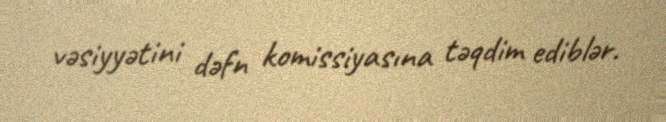
vəsiyyətini dəfn komissiyasına təqdim ediblər.